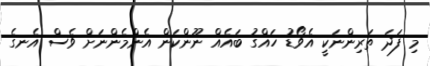
މި ފަދަ ތަރިންނަކީ އެވޯޑު ހައްގު ބައެއް ނޫންކަން އެންމެންނަށް ވެސް އެނގެ